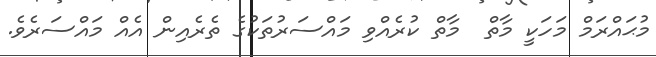
މުޙައްރަމް މަހަކީ މާތް  މާތް ކުރެއްވި މައްސަރުތަކުގެ ތެރެއިން އެއް މައްސަރެވެ.